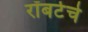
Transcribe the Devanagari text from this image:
रॉबर्टचे